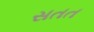
સતત